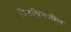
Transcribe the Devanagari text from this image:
विकसिनशील